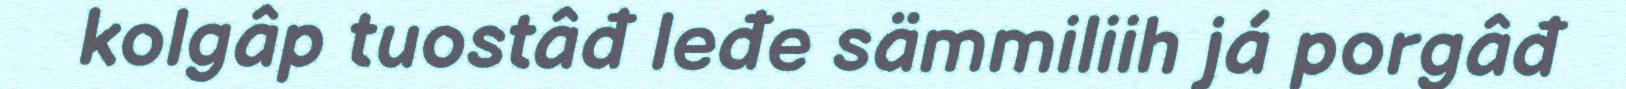
kolgâp tuostâđ leđe sämmiliih já porgâđ